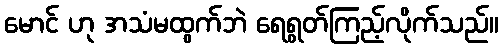
မောင် ဟု အသံမထွက်ဘဲ ရေရွတ်ကြည့်လိုက်သည်။